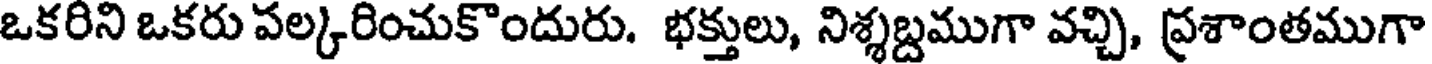
ఒకరిని ఒకరు పల్కరించుకొందురు. భక్తులు, నిశ్శబ్దముగా వచ్చి, ప్రశాంతముగా